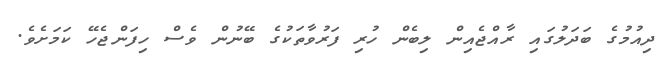
ދިއުމުގެ ބަދަލުގައި ރާއްޖެއިން ލިބެން ހުރި ފަރުވާތަކުގެ ބޭނުން ވެސް ހިފަންޖެހޭ ކަމަށެވެ.